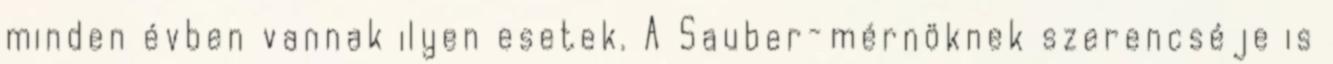
minden évben vannak ilyen esetek. A Sauber-mérnöknek szerencséje is